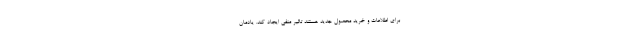
برای اطلاعات و خرید محصول جدید هستند تاثیر منفی ایجاد کند. یادمان